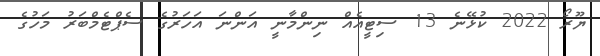
ޔޫރޯ 2022 ކުޅޭނެ 13 ސިޓީއެއް ނިންމާނީ އަންނަ އަހަރުގެ ސެޕްޓެމްބަރު މަހުގެ